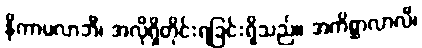
နိကာမလာဘီ၊ အလိုရှိတိုင်းရခြင်းရှိသည်။ အကိစ္ဆာလာလီ၊